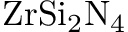
\mathrm { Z r S i _ { 2 } N _ { 4 } }